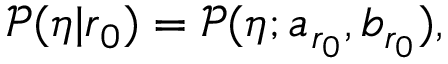
\begin{array} { r } { \mathcal { P } ( \eta | \boldsymbol { r } _ { 0 } ) = \mathcal { P } ( \eta ; a _ { r _ { 0 } } , b _ { r _ { 0 } } ) , } \end{array}